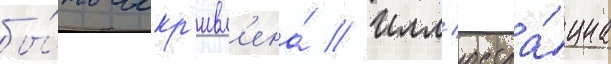
бы́ть искр'ивл'ена́ // Илл'юстра́циа